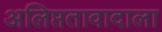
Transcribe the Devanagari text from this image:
अलिप्ततावादाला